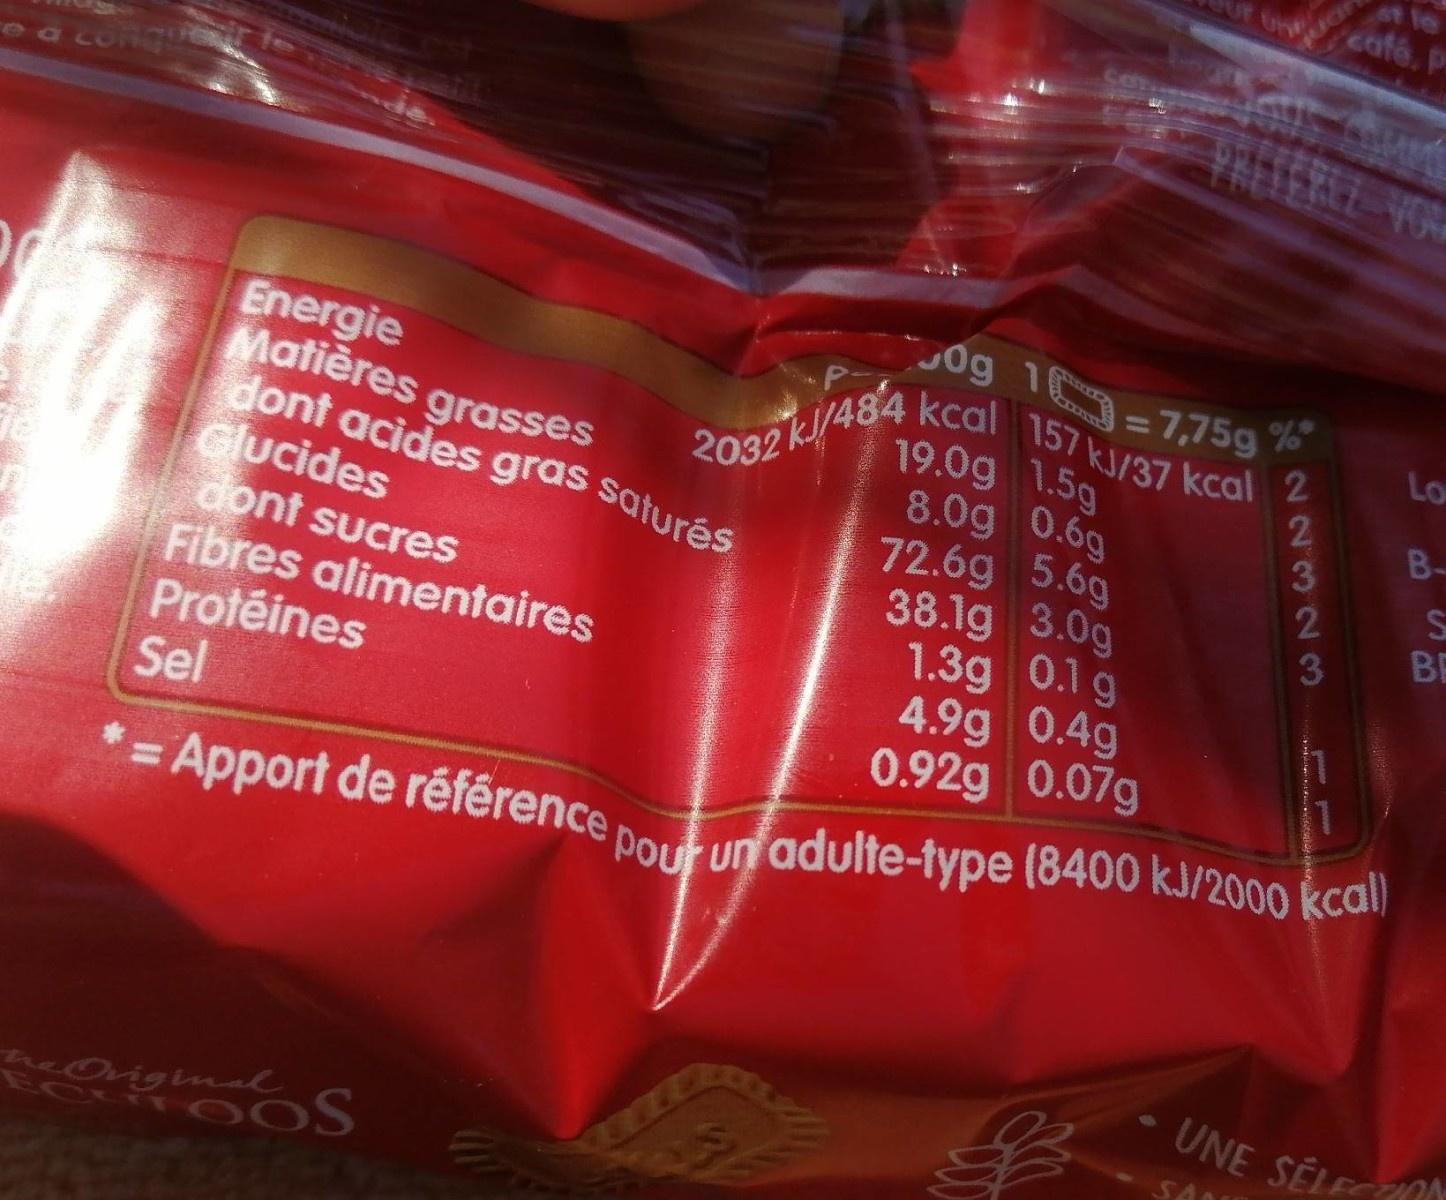
eafé. P
TERE VOR
ea conque
0g 1 =7,75g %* 2k!/484 kcal 157 kJ/37 kcal 2
Energie Matières grasses dont acides gras saturés Glucides dont sucres Fibres alimentaires Protéines Sel
Lo
19.0g 1.5g 8.0g 0.6g 72.6g 5.6g 38.1g 3.0g 1.3g 0.1 g 4.9g 0.4g 0.92g 0.07g
2032
2
B-
2 3
BE
*= Apport de référence
%3D
POur un adulte-type (8400 kJ/2000 kcal)
UNE SÉLEO
Oviginal
ECTT
%24